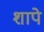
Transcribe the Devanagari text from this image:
शापे